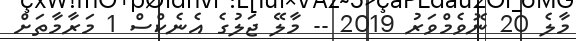
މާލެ 20 ނޮވެމްވަރު 2019 -- މާލޭ ޖަލުގެ އެނެކްސް 1 މަރާމާތަަށް